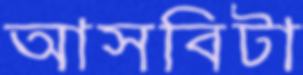
আসবিটা